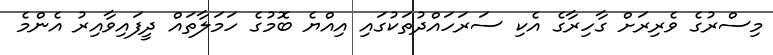
މިސްރުގެ ވެރިރަށް ގާހިރާގެ އެކި ސަރަހައްދުތަކުގައި އިއްޔެ ބޮމުގެ ހަމަލާތައް ދީފައިވާއިރު އެންމެ